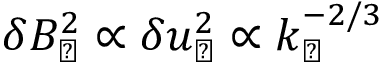
\delta B _ { \perp } ^ { 2 } \propto \delta u _ { \perp } ^ { 2 } \propto k _ { \perp } ^ { - 2 / 3 }